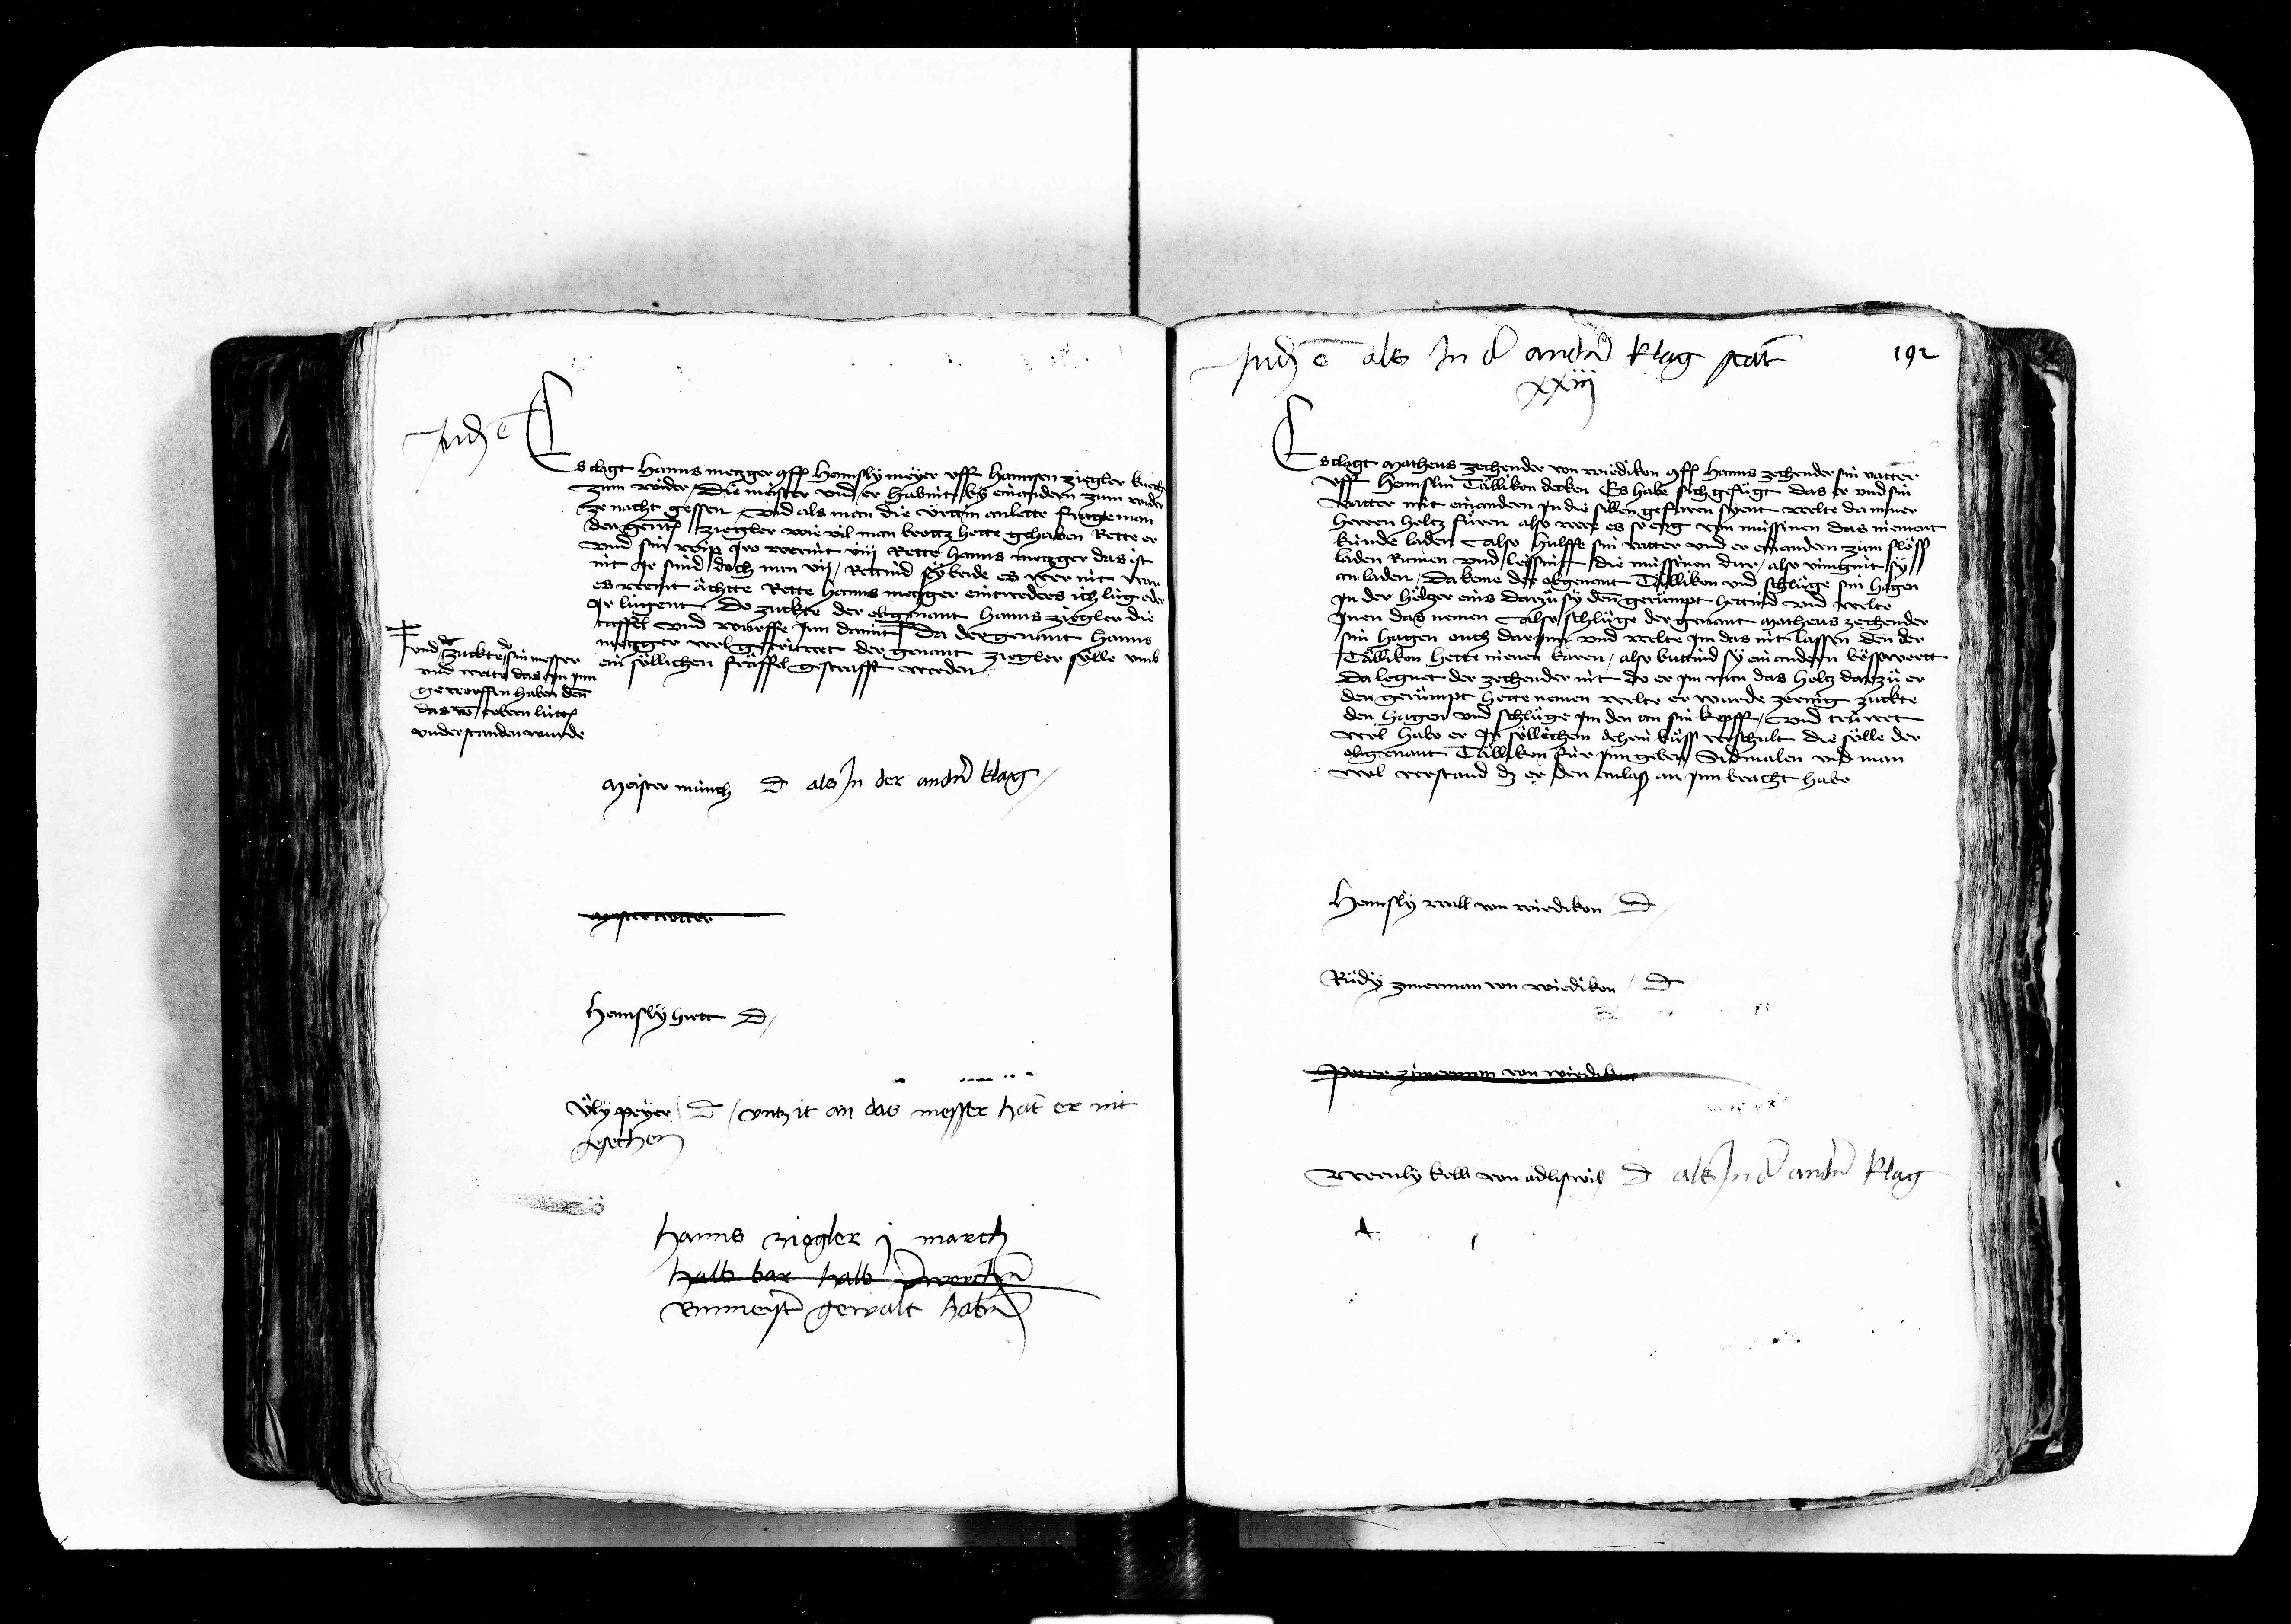
Transcription:
Judicatum est
ff
clagt Hanns ij
er uff hanns ziec
ette fl
in an
brott hette gehaben Re
a
h
gen
e
zegler sy
ge
Meister münch dicit als jn der andern klag
ster wotter
Hennsly hett dicit
Uely Peyer dicit untzit an das messer hat er nit
gesechen
hanns Zegler j march
halb bar halb verwerchen
Binmeister gewant haben

Judicatum est als jn der andern klag stat j
xxiij
e
d
sy und
d
e
der nit der
bes von soelle
n
bracht hab
Hennsly wal von wirdikon dicit
Ruedy zimmerman von wiedikon dicit
Peter zimerman von wirdiken
2
Wenly koll von adliswil dicit als jn der andern klag